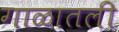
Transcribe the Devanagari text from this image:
गाळातली